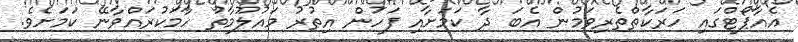
އެއާޕޯޓްގައި ހަރަކާތްތެރިވަމުން އެބަ ދާ ކަމަށާއި ފަހުން އިތުރު މައުލޫމާތު ހާމަކުރައްވާނޭ ކަަމަށެވެ.